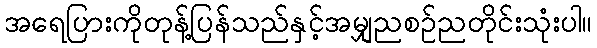
အရေပြားကိုတုန့်ပြန်သည်နှင့်အမျှညစဉ်ညတိုင်းသုံးပါ။